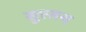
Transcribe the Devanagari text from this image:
सुरसन्द